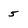
Character: 5